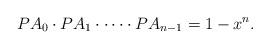
LaTeX: \begin{align*}PA_0\cdot PA_1\cdot \dots \cdot PA_{n-1} = 1 - x^n.\end{align*}